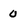
Character: 0